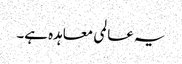
یہ عالمی معاہدہ ہے۔